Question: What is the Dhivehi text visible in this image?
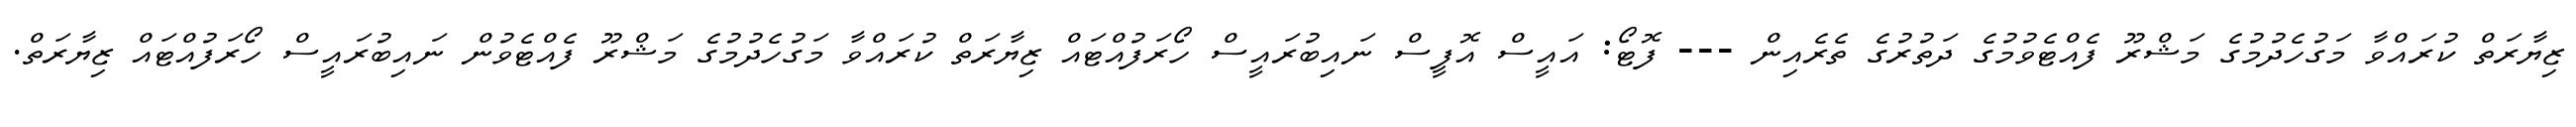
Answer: ޒިޔާރަތް ކުރައްވާ މަގުހެދުމުގެ މަޝްރޫ ފެއްޓެވުމުގެ ދަތުރުގެ ތެރެއިން --- ފޮޓޯ: އައީސް އޮފީސް ނައިބުރައީސް ހޯރަފުއްޓައް ޒިޔާރަތް ކުރައްވާ މަގުހެދުމުގެ މަޝްރޫ ފެއްޓެވުން ނައިބުރައީސް ހޯރަފުއްޓައް ޒިޔާރަތް.